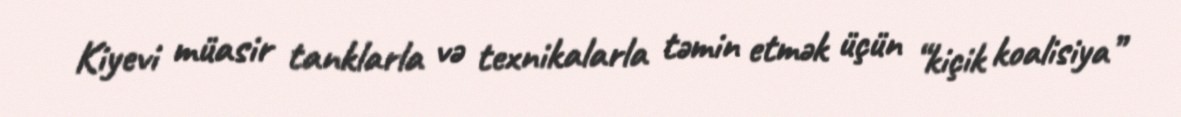
Kiyevi müasir tanklarla və texnikalarla təmin etmək üçün “kiçik koalisiya”